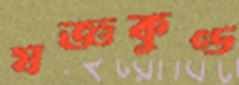
যজ্ঞকুণ্ড